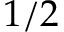
1 / 2